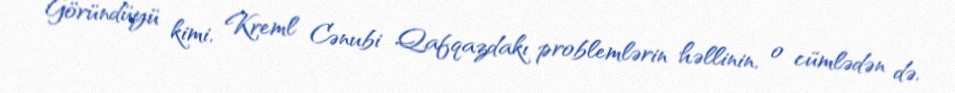
Göründüyü kimi, Kreml Cənubi Qafqazdakı problemlərin həllinin, o cümlədən də,